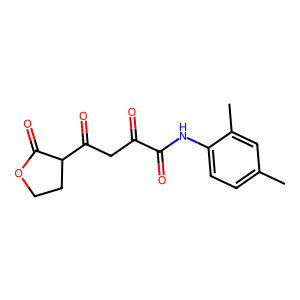
SMILES: Cc1ccc(NC(=O)C(=O)CC(=O)C2CCOC2=O)c(C)c1
Inhibits HIV replication: No